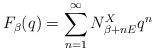
LaTeX: \begin{align*}F_\beta(q) = \sum_{n=1}^\infty N_{\beta + n E}^X q^n\end{align*}